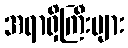
အရာရှိကြီးများ